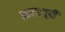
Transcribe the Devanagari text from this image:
आत्मसुद्दी